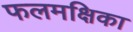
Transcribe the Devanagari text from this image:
फलमक्षिका